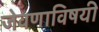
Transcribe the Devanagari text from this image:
जेवणाविषयी